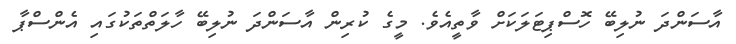
އާސަންދަ ނުލިބޭ ހޮސްޕިޓަލަކަށް ވާތީއެވެ. މީގެ ކުރިން އާސަންދަ ނުލިބޭ ހާލަތްތަކުގައި އެންސްޕާ